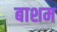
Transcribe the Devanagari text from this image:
बाशम